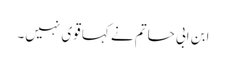
ابن ابی حاتم نے کہا قوی نہیں۔